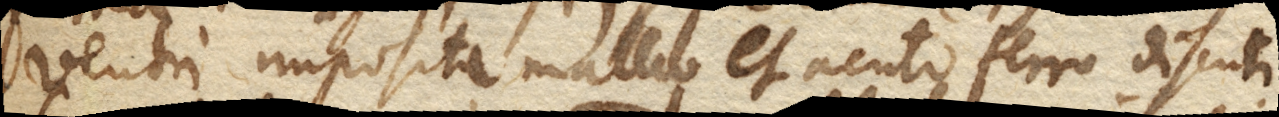
ventri imposita malleo et acuto ferro discuti